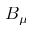
B _ { \mu }